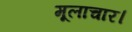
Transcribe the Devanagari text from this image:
मूलाचार।